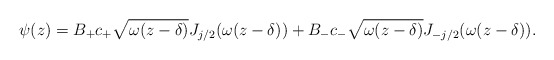
\begin{align*}\psi(z) = B_+ c_+\sqrt{\omega (z-\delta)} J_{j/2} (\omega (z-\delta)) + B_- c_-\sqrt{\omega (z-\delta)} J_{-j/2}(\omega (z-\delta)).\end{align*}